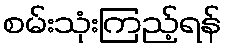
စမ်းသုံးကြည့်ရန်